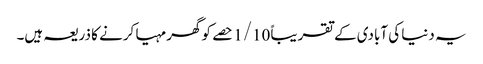
یہ دنیا کی آبادی کے تقریباً 1/10 حصے کو گھر مہیا کرنے کا ذریعہ ہیں۔